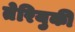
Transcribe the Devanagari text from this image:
तेरियुकी